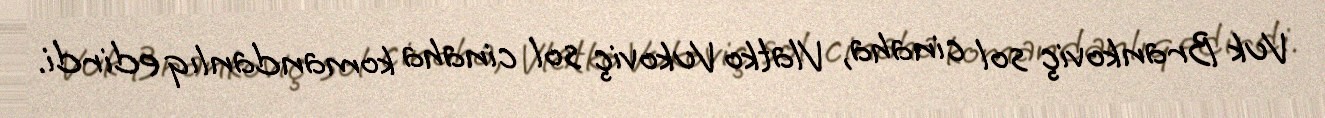
Vuk Brankoviç sol cinaha, Vlatko Vukoviç sol cinaha komandanlıq edirdi.